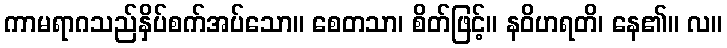
ကာမရာဂသည်နှိပ်စက်အပ်သော။ စေတသာ၊ စိတ်ဖြင့်။ နဝိဟရတိ၊ နေ၏။ လ။